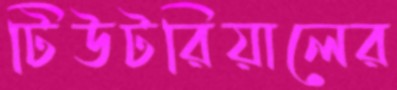
টিউটরিয়ালের